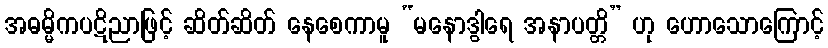
အဓမ္မိကပဋိညာဖြင့် ဆိတ်ဆိတ် နေစေကာမူ “မနောဒွါရေ အနာပတ္တိ” ဟု ဟောသောကြောင့်